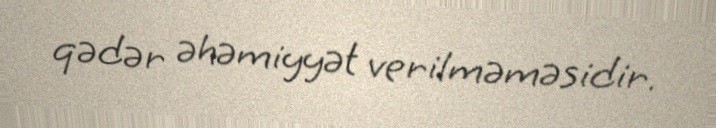
qədər əhəmiyyət verilməməsidir.